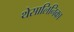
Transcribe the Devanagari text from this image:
थेसालिनिका